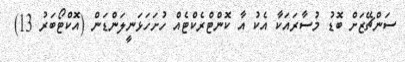
ސަންޗޭޒަށް ބޮޑު މުސާރައަކާ އެކު އާ ކޮންޓްރެކްޓެއް ހުށަހަޅަނީލަންޑަން (އޮކްޓޯބަރު 13)